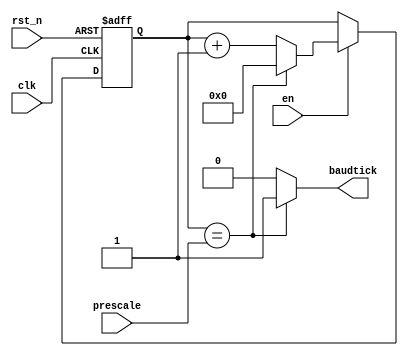
module BAUDGEN
(
  input wire clk,
  input wire rst_n,
  input wire [15:0] prescale, 
  input wire en,
  output wire baudtick
);

reg [15:0] count_reg;
wire [15:0] count_next;

//Counter
always @ (posedge clk, negedge rst_n)
  begin
    if(!rst_n)
      count_reg <= 0;
    else if(en)
      count_reg <= count_next;
end

assign count_next = ((count_reg == prescale) ? 0 : count_reg + 1'b1);
assign baudtick = ((count_reg == prescale) ? 1'b1 : 1'b0);

endmodule